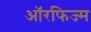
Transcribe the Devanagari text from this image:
ऑरफिज्म